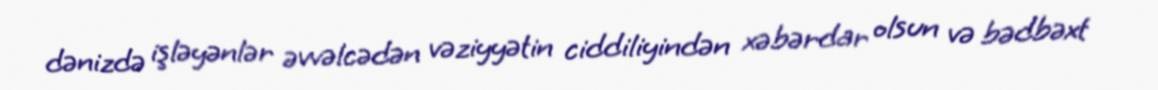
dənizdə işləyənlər əvvəlcədən vəziyyətin ciddiliyindən xəbərdar olsun və bədbəxt